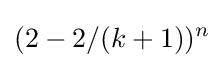
(2-2/(k+1))^{n}